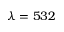
\lambda = 5 3 2